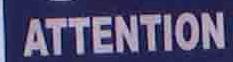
attention